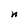
Character: n